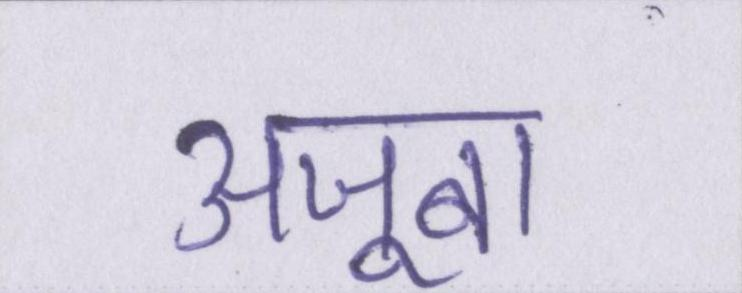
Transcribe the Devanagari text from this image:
अजूबा